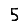
Digit: 5